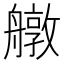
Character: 𦪔